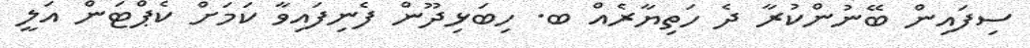
ސިފައިން ބޭނުންކުރާ ދެ ހަތިޔާރެއް ބ. ހިބަޅިދޫން ފެނިފައިވާ ކަމަށް ކެޕްޓަން އަލީ